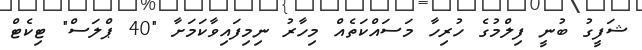
ޝަފީގު ބުނީ ފިލްމުގެ ހުރިހާ މަސައްކަތެއް މިހާރު ނިމިފައިވާކަމަށާ "40 ޕްލަސް" ޓިކެޓް